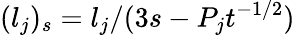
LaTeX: (l_{j})_{s}=l_{j}/(3s-P_{j}t^{-1/2})